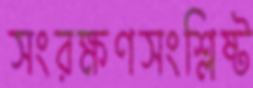
সংরক্ষণসংশ্লিষ্ট